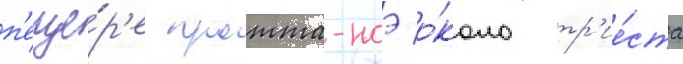
п'еще́р'е гротта-ноэ о́коло тр'ие́ста